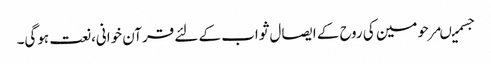
جسمیںمرحومین کی روح کے ایصال ثواب کے لئے قرآن خوانی،نعت ہوگی۔